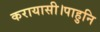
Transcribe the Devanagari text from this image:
करायासी।पाहुनि